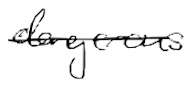
Text: dangerous
Cross-out: single-line
Writing tool: digital_black